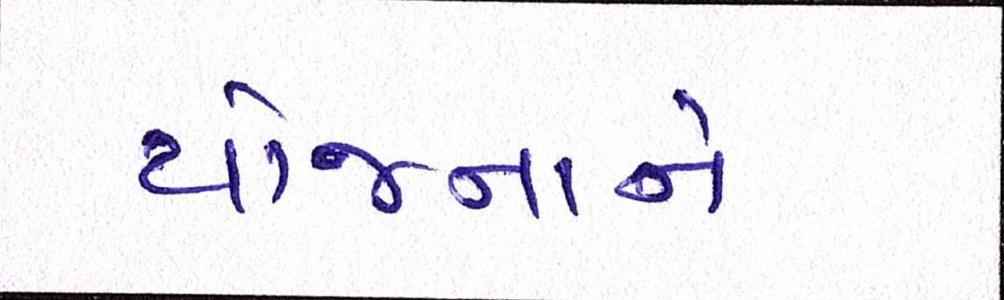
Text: યોજનાને